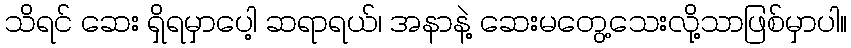
သိရင် ဆေး ရှိရမှာပေါ့ ဆရာရယ်၊ အနာနဲ့ ဆေးမတွေ့သေးလို့သာဖြစ်မှာပါ။